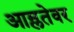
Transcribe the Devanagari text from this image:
आम्लतेवर